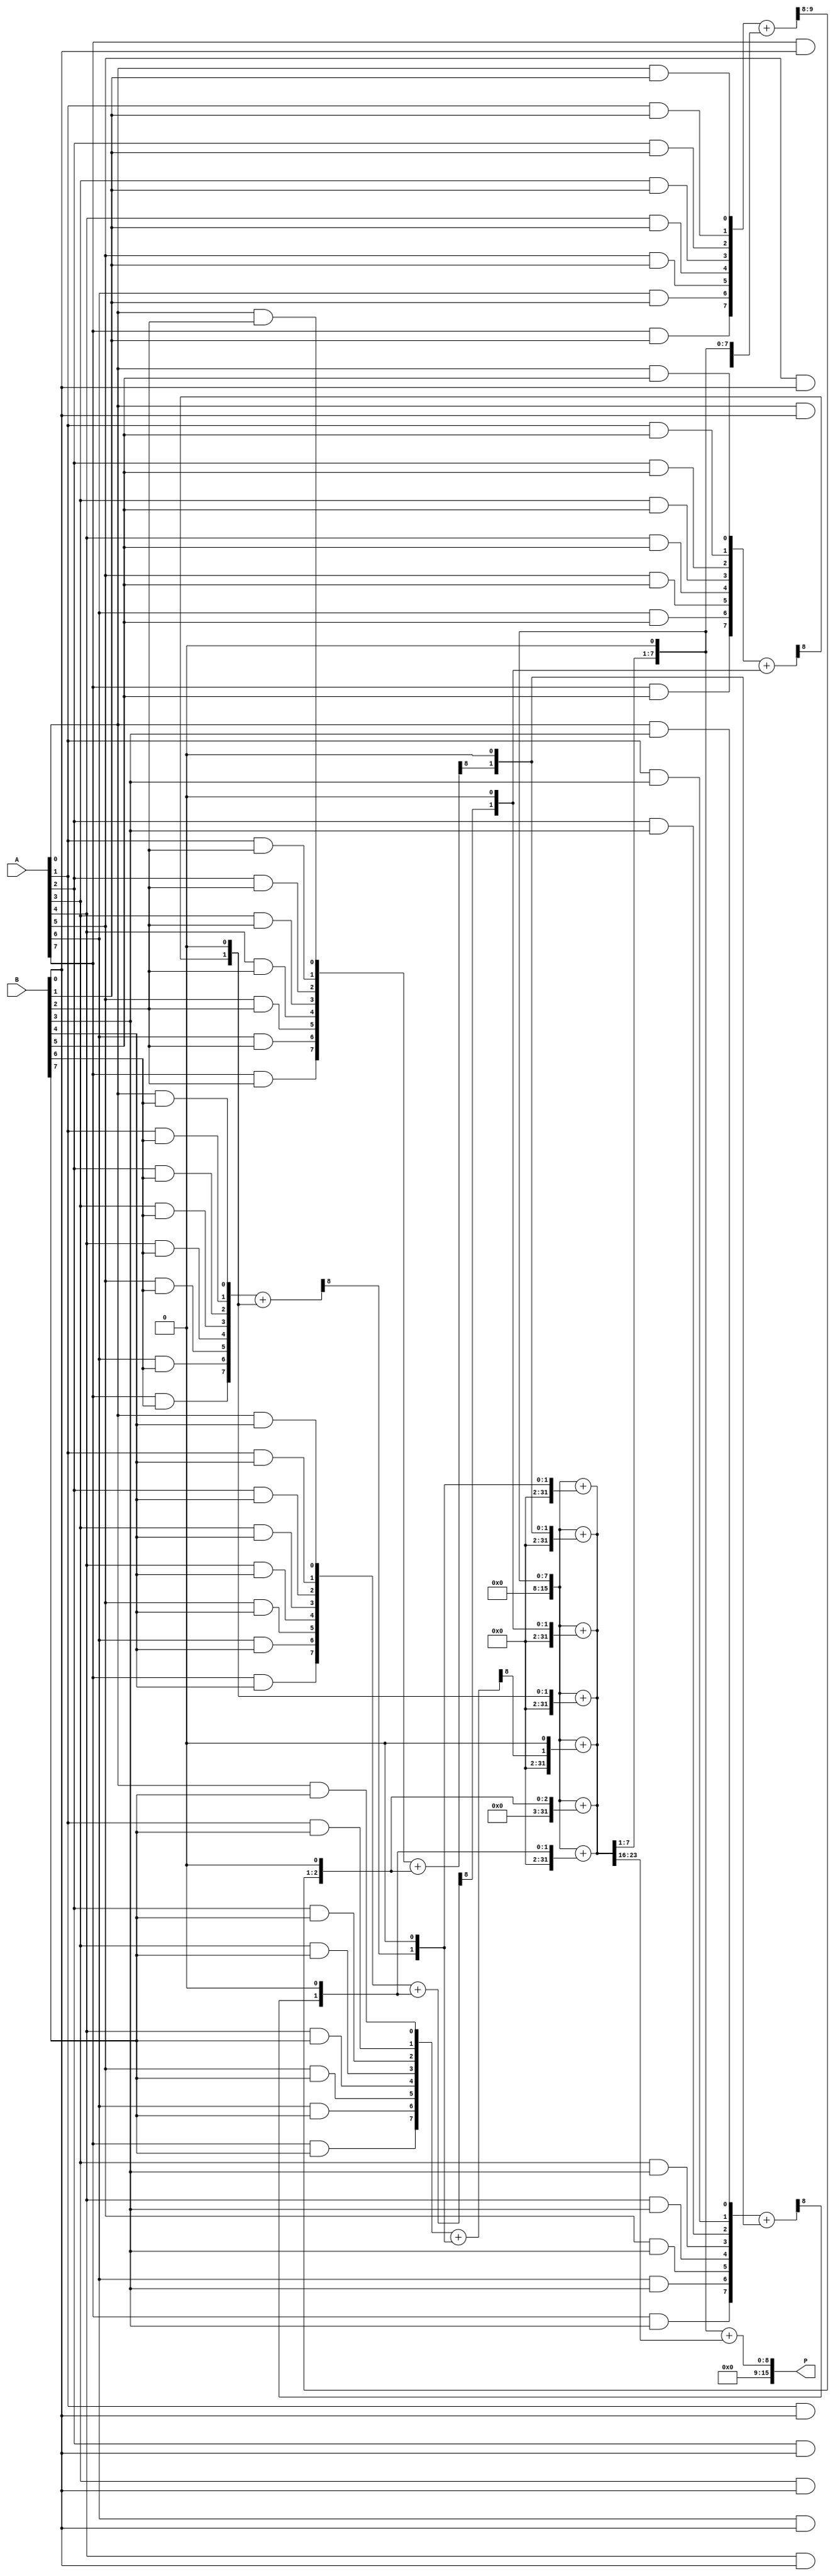
module FixedPointWallaceTreeMultiplier #(parameter N = 8) (
    input  wire [N-1:0] A, // Fixed-point number A
    input  wire [N-1:0] B, // Fixed-point number B
    output wire [2*N-1:0] P // Product output
);

    // Partial product generation
    wire [N-1:0] pp[N-1:0]; // Partial products

    generate
        genvar i, j;
        for (i = 0; i < N; i = i + 1) begin: gen_partial_products
            for (j = 0; j < N; j = j + 1) begin: and_gate
                assign pp[i][j] = A[j] & B[i]; // AND operation generates partial products
            end
        end
    endgenerate

    // Wallace Tree Reduction
    wire [N:N*2-1] sum[N-1:0];
    wire [N-1:0] carry[N-1:0];
    wire [N*2-1:0] final_sum; 
    wire [N*2-1:0] final_carry;
    
    // Stage 1: Reduce partial products to sum/carry pairs
    generate
        for (i = 0; i < N; i = i + 1) begin: stage1
            if (i == 0) begin
                assign sum[i] = {pp[i], 1'b0}; // Add a zero for alignment
                assign carry[i] = {1'b0, pp[i]};
            end else begin
                assign {carry[i], sum[i]} = pp[i] + {carry[i-1], 1'b0};
            end
        end
    endgenerate

    // Stage 2: Continue reduction
    generate
        for (i = 0; i < N; i = i + 1) begin: stage2
            if (i == 0) begin
                assign final_sum = sum[i];
                assign final_carry = carry[i];
            end else begin
                assign {final_carry, final_sum} = final_sum + {carry[i], 1'b0};
            end
        end
    endgenerate

    // Final addition
    wire [2*N-1:0] adder_final;
    
    assign adder_final = final_sum + final_carry;

    // Output the result
    assign P = adder_final;

endmodule